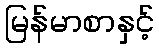
မြန်မာစာနှင့်